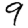
Digit: 9